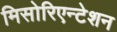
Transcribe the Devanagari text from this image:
मिसोरिएन्टेशन